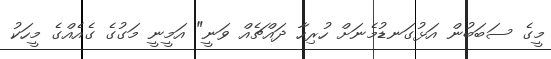
މީގެ ސަބަބުން އަޅުގަނޑުމެނަށް ހުރިހާ ދައްޗެއް ވަނީ" އަމީނީ މަގުގެ ގެއެއްގެ މީހަކު